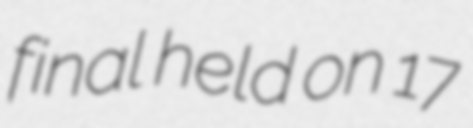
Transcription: final held on 17